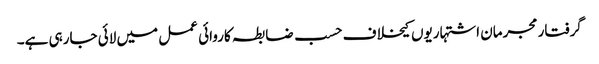
گرفتار مجرمان اشتہاریوں کیخلاف حسب ضابطہ کاروائی عمل میں لائی جارہی ہے۔